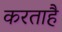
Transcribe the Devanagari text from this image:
करताहै